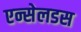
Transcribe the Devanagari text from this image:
एन्सेलडस